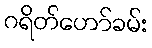
ဂရိတ်ဟော်ခမ်း